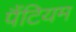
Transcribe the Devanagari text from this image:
पैंटियम